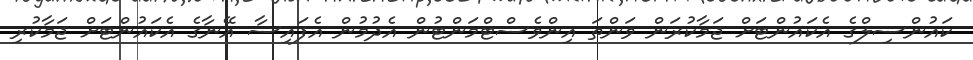
ކައުންސިލްގެ އެކައުންޓަށް ޖަމާކުރަން ވަންތަ އިންވެސްޓްމަންޓުން އެދުމުން އެފައިސާ އޭނާގެ އެކައުންޓަށް ޖަމާކުރި